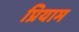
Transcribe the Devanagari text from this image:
प्रियाम